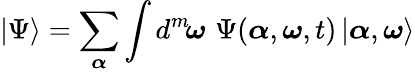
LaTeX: |\Psi\rangle=\sum_{\boldsymbol{\alpha}}\int d^{m}\! {\boldsymbol{\omega}}\, \, \Psi({\boldsymbol{\alpha}},{\boldsymbol{\omega}},t)\, |{\boldsymbol{\alpha}},{\boldsymbol{\omega}}\rangle